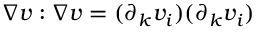
\nabla v : \nabla v = ( \partial _ { k } v _ { i } ) ( \partial _ { k } v _ { i } )